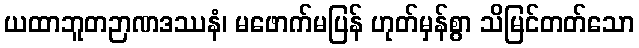
ယထာဘူတဉာဏဒဿနံ၊ မဖောက်မပြန် ဟုတ်မှန်စွာ သိမြင်တတ်သော